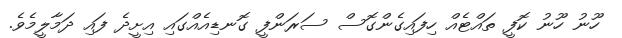
ހޫނު ހޫނު ކޮފީ ތައްޓެއް ހިފައިގެންގޮސް ސަރަންފީ ގޮނޑިއެއްގައި އިށީދެ ފައި ދަމާލީމެވެ.